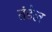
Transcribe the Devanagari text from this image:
तंडेल